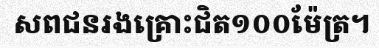
សពជនរងគ្រោះជិត១០០ម៉ែត្រ។